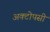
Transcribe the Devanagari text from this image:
अक्टोपसी